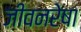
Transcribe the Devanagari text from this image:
जीवनरेषा